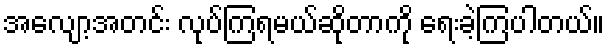
အလျော့အတင်း လုပ်ကြရမယ်ဆိုတာကို ရေးခဲ့ကြပါတယ်။